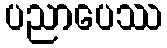
ပညာပေဿ